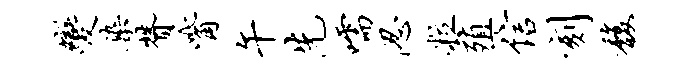
变染赞觜午先嚅忍粒殖信刻馥